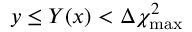
y \le Y ( x ) < \Delta \chi _ { \mathrm { m a x } } ^ { 2 }